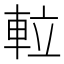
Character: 𨋢